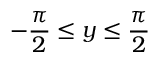
- { \frac { \pi } { 2 } } \leq y \leq { \frac { \pi } { 2 } }